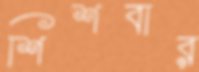
শিশবার